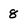
Character: 8